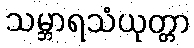
သမ္ဘာရသံယုတ္တာ